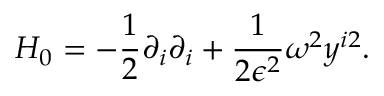
H _ { 0 } = - \frac { 1 } { 2 } \partial _ { i } \partial _ { i } + \frac { 1 } { 2 \epsilon ^ { 2 } } \omega ^ { 2 } y ^ { i 2 } .